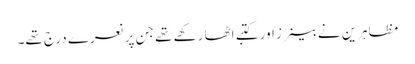
مظاہرین نے بینرز اور کتبے اٹھا رکھے تھے جن پر نعرے درج تھے۔